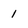
Character: 1